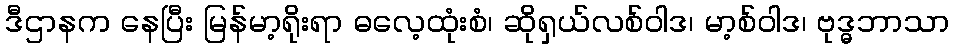
ဒီဌာနက နေပြီး မြန်မာ့ရိုးရာ ဓလေ့ထုံးစံ၊ ဆိုရှယ်လစ်ဝါဒ၊ မာ့စ်ဝါဒ၊ ဗုဒ္ဓဘာသာ